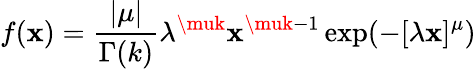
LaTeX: f(\mathbf{x})=\frac{{\vert\mu\vert}}{{\Gamma(k)}}\lambda^{\muk}\mathbf{x}^{\muk-1}\exp(-[\lambda\mathbf{x}]^{\mu})